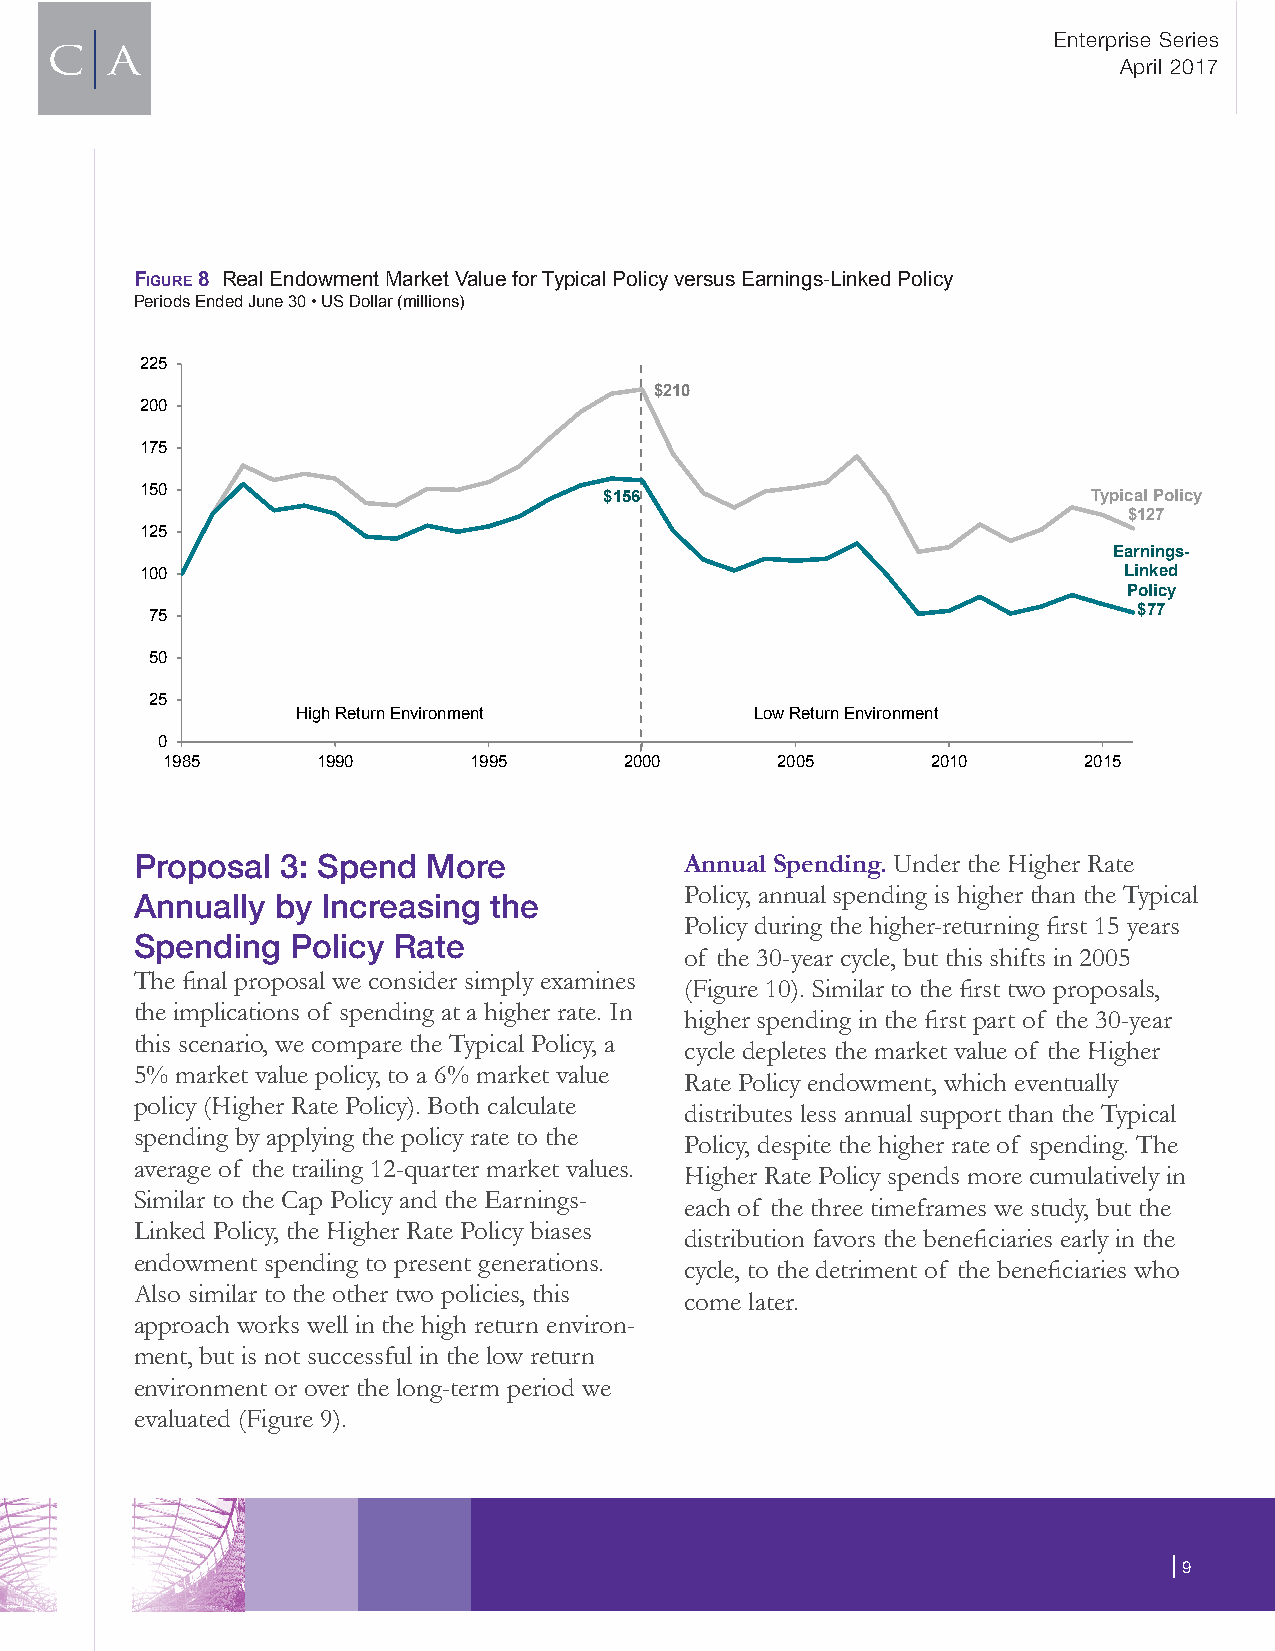
Enterprise Series
 April 2017
 Figure 8 Real Endowment Market Value for Typical Policy versus Earnings-Linked Policy
 Periods Ended June 30 • US Dollar (millions)
 225
 $210
 200
 175
 150                            $156                            Typical Policy
 $127
 125
 Earnings-
 100                                                              Linked
 Policy
 75                                                               $77
 50
 25
 High Return Environment       Low Return Environment
 0
 1985      1990      1995      2000      2005       2010      2015
 Proposal  3: Spend More             Annual Spending. Under the Higher Rate
 Policy, annual spending is higher than the Typical
 Annually by Increasing the
 Policy during the higher-returning first 15 years
 Spending  Policy Rate
 of the 30-year cycle, but this shifts in 2005
 The final proposal we consider simply examines
 (Figure 10). Similar to the first two proposals,
 the implications of spending at a higher rate. In
 higher spending in the first part of the 30-year
 this scenario, we compare the Typical Policy, a
 cycle depletes the market value of the Higher
 5% market value policy, to a 6% market value
 Rate Policy endowment, which eventually
 policy (Higher Rate Policy). Both calculate
 distributes less annual support than the Typical
 spending by applying the policy rate to the
 Policy, despite the higher rate of spending. The
 average of the trailing 12-quarter market values.
 Higher Rate Policy spends more cumulatively in
 Similar to the Cap Policy and the Earnings-
 each of the three timeframes we study, but the
 Linked Policy, the Higher Rate Policy biases
 distribution favors the beneficiaries early in the
 endowment spending to present generations.
 cycle, to the detriment of the beneficiaries who
 Also similar to the other two policies, this
 come later.
 approach works well in the high return environ-
 ment, but is not successful in the low return
 environment or over the long-term period we
 evaluated (Figure 9).
 | 9